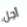
أجل